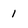
Character: 1